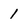
Character: 1